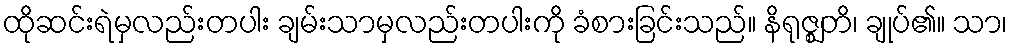
ထိုဆင်းရဲမှလည်းတပါး ချမ်းသာမှလည်းတပါးကို ခံစားခြင်းသည်။ နိရုဇ္ဈတိ၊ ချုပ်၏။ သာ၊